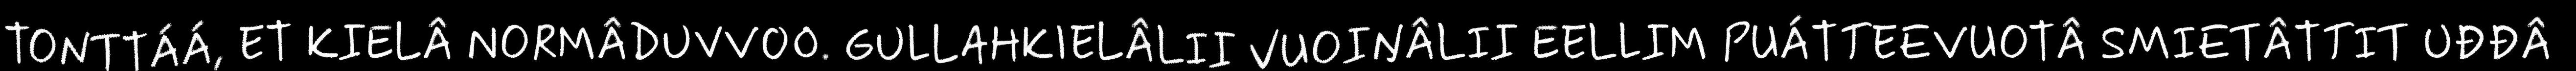
TONTTÁÁ, ET KIELÂ NORMÂDUVVOO. GULLAHKIELÂLII VUOIŊÂLII EELLIM PUÁTTEEVUOTÂ SMIETÂTTIT UĐĐÂ